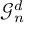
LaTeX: { \mathcal { G } } _ { n } ^ { d }